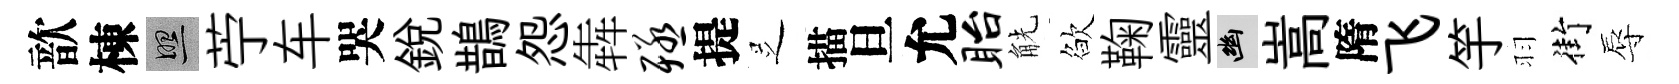
歆棟照苧车哭銳鵲怨犇殛提𠯁描旦允眙觥欲鞠靈幽嵩隋飞竽羽街辱